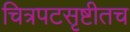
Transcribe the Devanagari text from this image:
चित्रपटसृष्टीतच